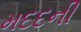
મદદની